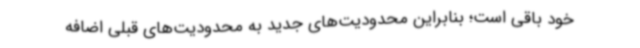
خود باقی است؛ بنابراین محدودیت‌های جدید به محدودیت‌های قبلی اضافه